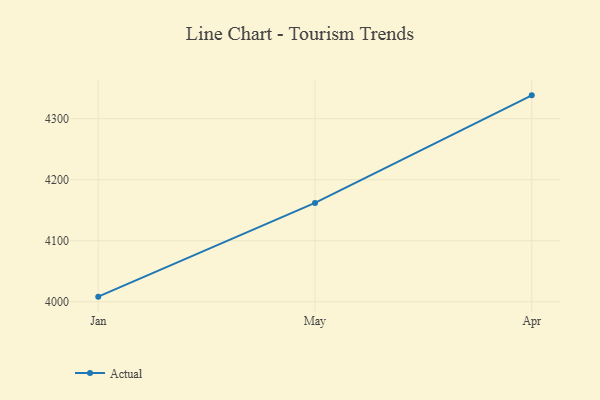
{"axis": {"x": "Month", "y": "Page Views"}, "legend": ["Actual"], "data": [{"x": "Jan", "y": 4008.4, "type": "Actual"}, {"x": "May", "y": 4162.0, "type": "Actual"}, {"x": "Apr", "y": 4338.2, "type": "Actual"}]}